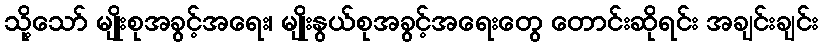
သို့သော် မျိုးစုအခွင့်အရေး၊ မျိုးနွယ်စုအခွင့်အရေးတွေ တောင်းဆိုရင်း အချင်းချင်း